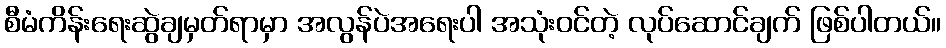
စီမံကိန်းရေးဆွဲချမှတ်ရာမှာ အလွန်ပဲအရေးပါ အသုံးဝင်တဲ့ လုပ်ဆောင်ချက် ဖြစ်ပါတယ်။